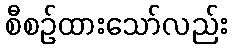
စီစဉ်ထားသော်လည်း